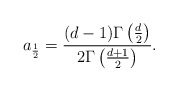
\begin{align*}a_\frac12 = \frac{(d-1)\Gamma\left(\frac{d}2\right)}{ 2\Gamma\left(\frac{d+1}2\right)}.\end{align*}